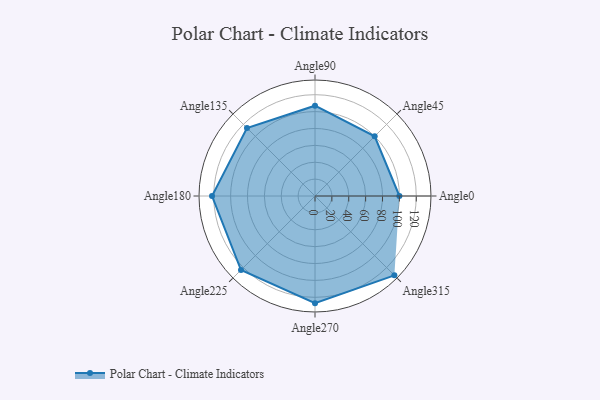
{"axis": {"x": "Angle", "y": "Radius"}, "legend": [""], "data": [{"x": "Angle0", "y": 100.0, "type": ""}, {"x": "Angle45", "y": 100.0, "type": ""}, {"x": "Angle90", "y": 107.0, "type": ""}, {"x": "Angle135", "y": 114.0, "type": ""}, {"x": "Angle180", "y": 122.0, "type": ""}, {"x": "Angle225", "y": 124.0, "type": ""}, {"x": "Angle270", "y": 127.0, "type": ""}, {"x": "Angle315", "y": 133.0, "type": ""}]}